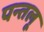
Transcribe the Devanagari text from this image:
पन्तलू